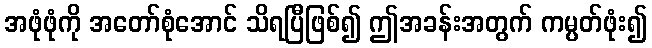
အဖုံဖုံကို အတော်စုံအောင် သိရပြီဖြစ်၍ ဤအခန်းအတွက် ကမ္ပတ်ဖုံး၍